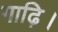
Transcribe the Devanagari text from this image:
गाढ़ि।